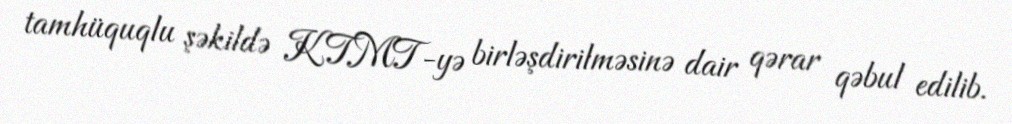
tamhüquqlu şəkildə KTMT-yə birləşdirilməsinə dair qərar qəbul edilib.